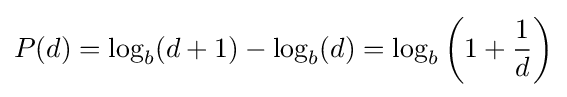
P(d)=\log _{b}(d+1)-\log _{b}(d)=\log _{b}\left(1+{\frac {1}{d}}\right)